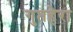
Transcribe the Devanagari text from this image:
गुप्तहेरा